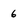
Character: 6